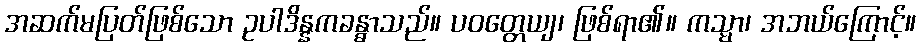
အဆက်မပြတ်ဖြစ်သော ဥပါဒိန္နကခန္ဓာသည်။ ပဝတ္တေယျ၊ ဖြစ်ရာ၏။ ကသ္မာ၊ အဘယ်ကြောင့်။